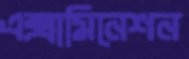
এক্সামিনেশন